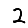
Digit: 2